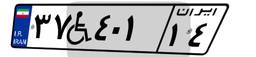
۱۱W۹۰۷۶۰